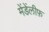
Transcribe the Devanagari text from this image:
मेंडेंलीफ़